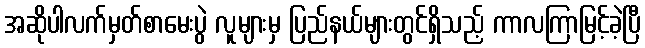
အဆိုပါလက်မှတ်စာမေးပွဲ လူများမှ ပြည်နယ်များတွင်ရှိသည့် ကာလကြာမြင့်ခဲ့ပြီ